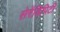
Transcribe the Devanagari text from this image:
सेरेंडिपिटी